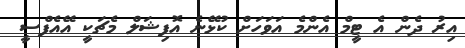
އިރު ދެން އެ ޓީމް އެންމެ އަވަހަށް ކުޅޭނެ އޮފިޝަލް މެޗަކީ އޭއެފްސީ